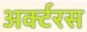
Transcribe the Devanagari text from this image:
अर्क्टरस